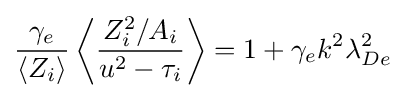
{\gamma _{e} \over \langle Z_{i}\rangle }\left\langle {Z_{i}^{2}/A_{i} \over u^{2}-\tau _{i}}\right\rangle =1+\gamma _{e}k^{2}\lambda _{De}^{2}